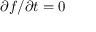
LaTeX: \partial f / \partial t = 0